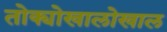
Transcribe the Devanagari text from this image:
तोक्योखालोखाल